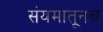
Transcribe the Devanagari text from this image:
संयमातूनच